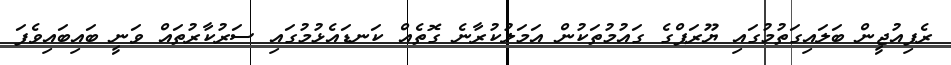
ރެފިއުޖީން ބަލައިގަތުމުގައި ޔޫރަޕްގެ ގައުމުތަކުން އަމަލުކުރާނެ ގޮތެއް ކަނޑައެޅުމުގައި ސަރުކާރުތައް ވަނީ ބައިބައިވެފަ